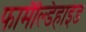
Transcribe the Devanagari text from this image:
फामैंल्डिहाइड